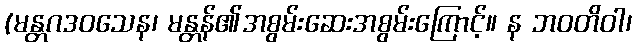
(မန္တဂဒဝသေန၊ မန္တန်၏အစွမ်းဆေးအစွမ်းကြောင့်။ န ဘဝတိဝါ၊